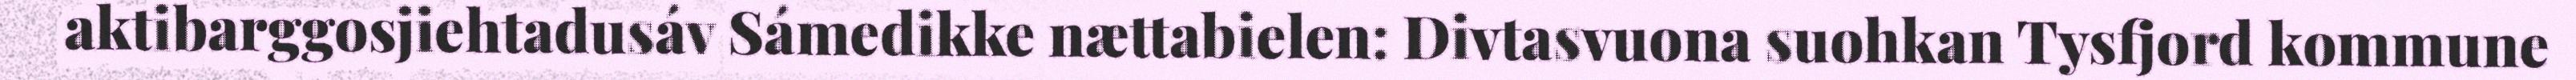
aktibarggosjiehtadusáv Sámedikke nættabielen: Divtasvuona suohkan Tysfjord kommune